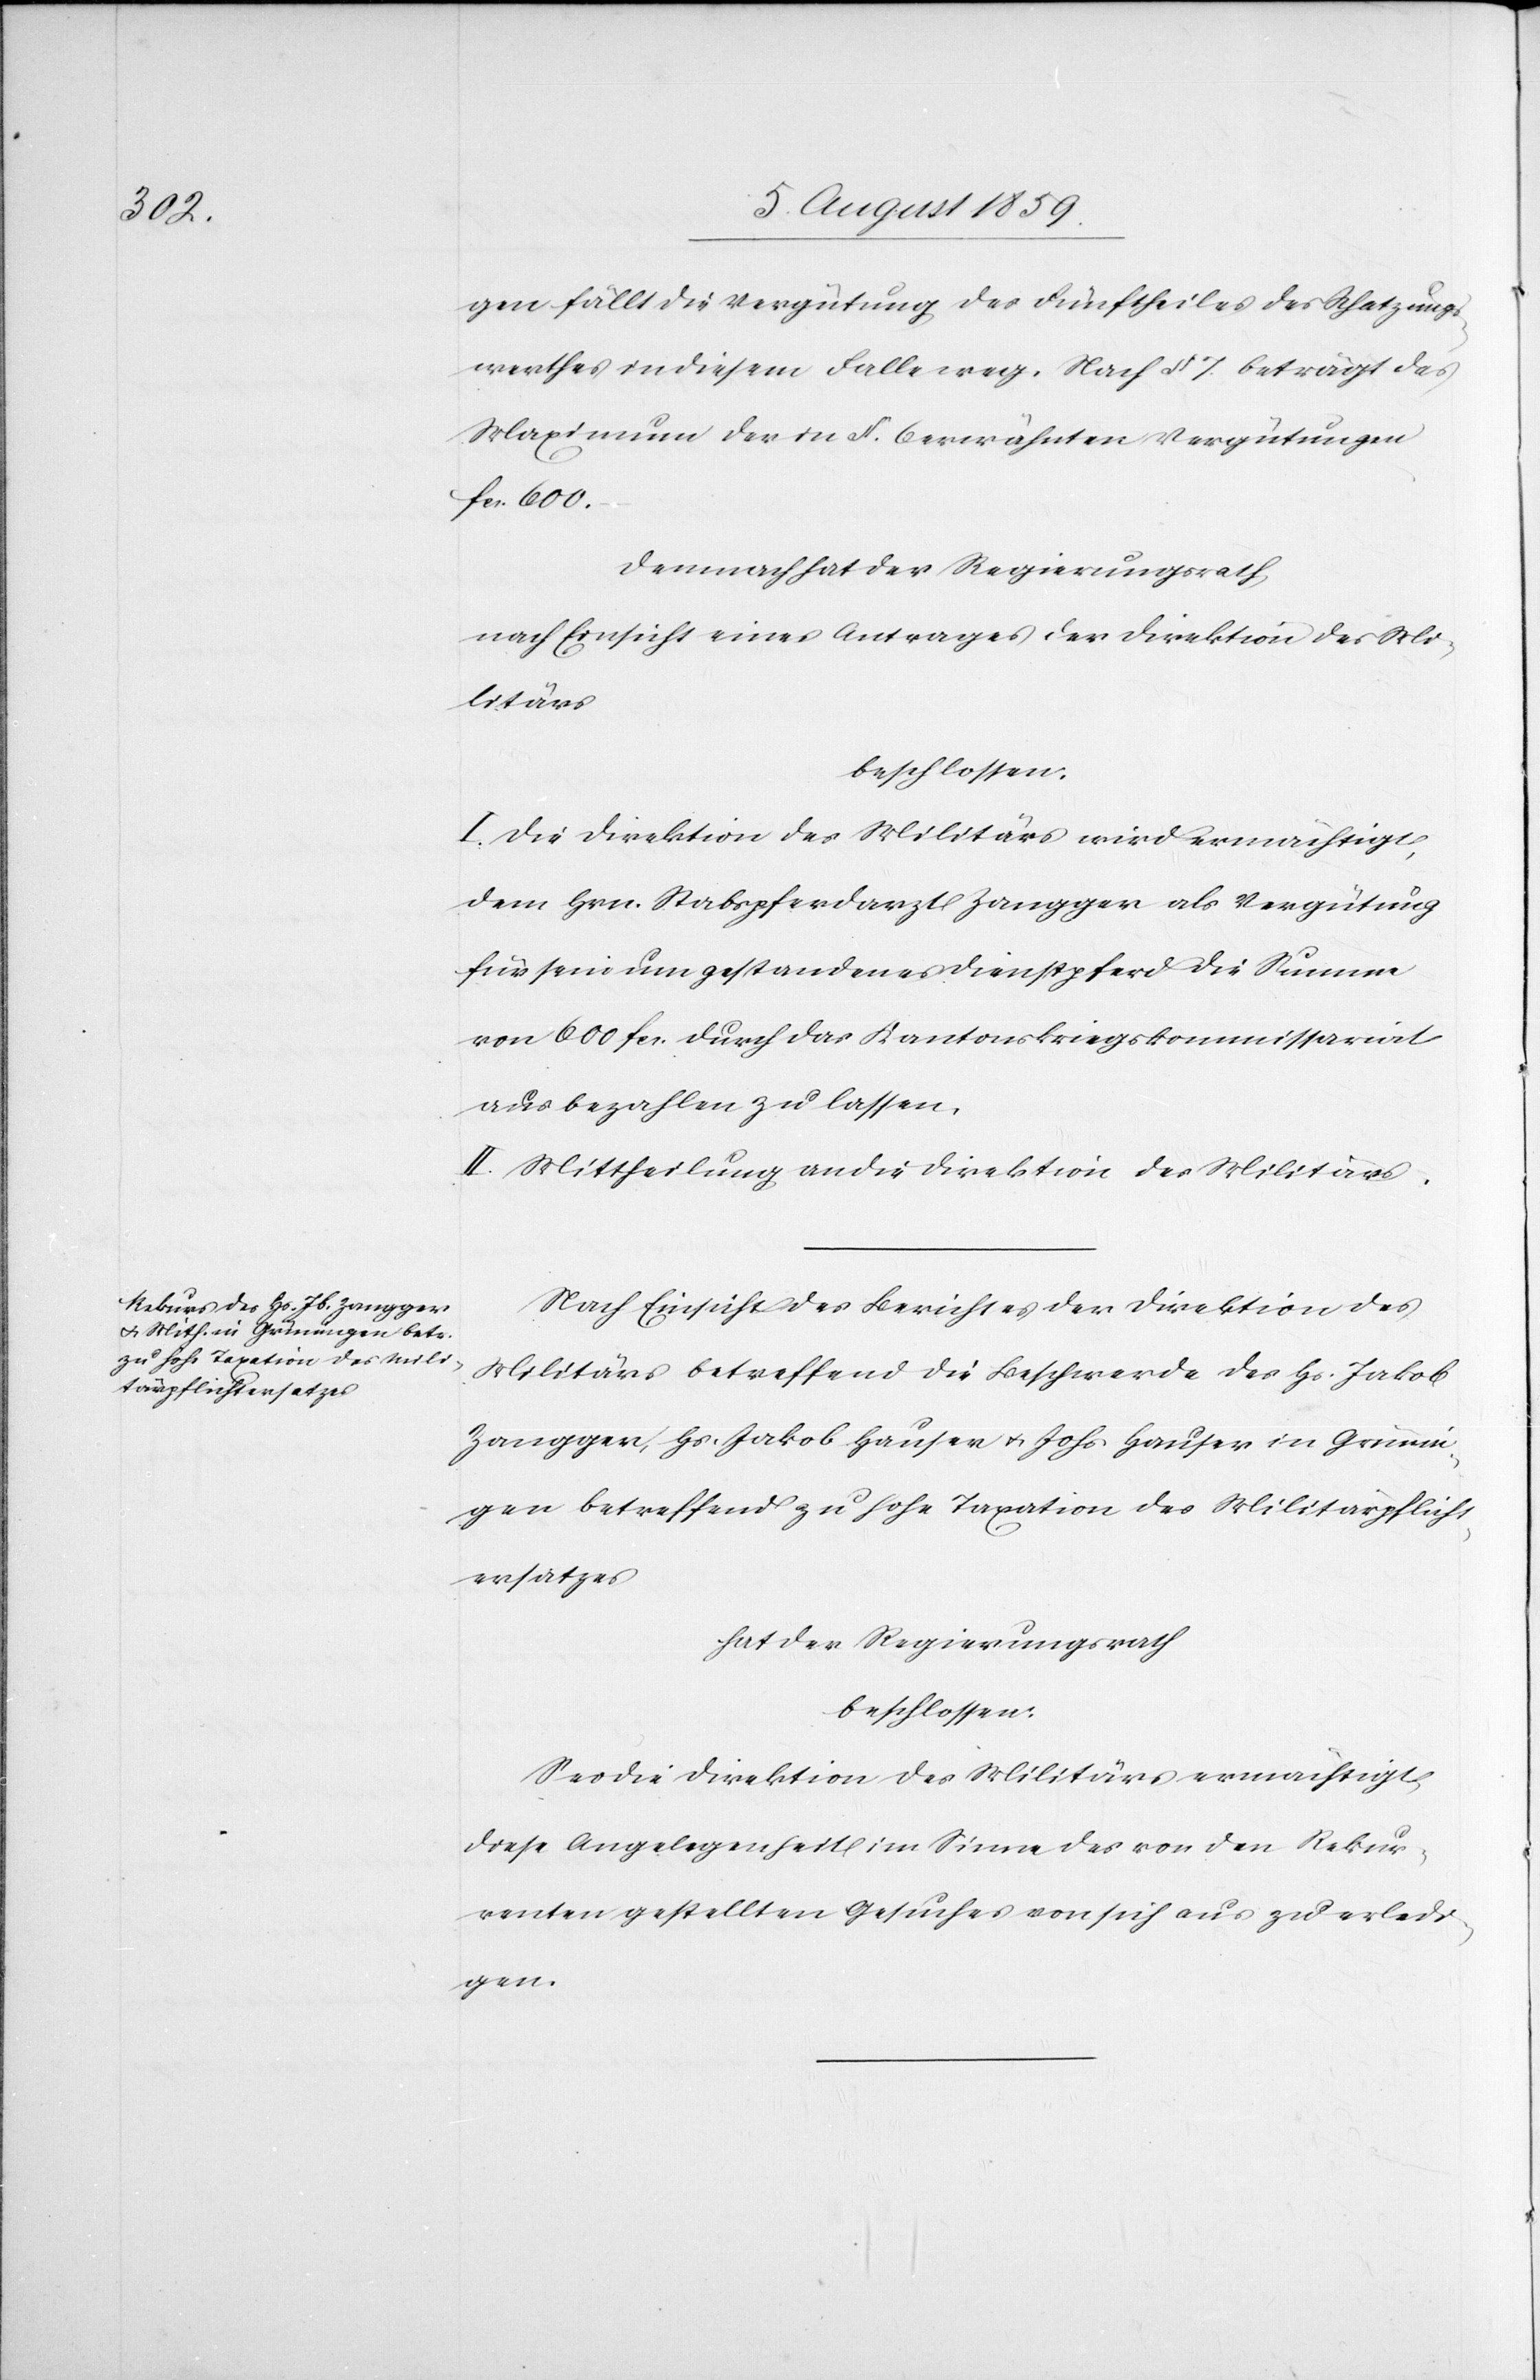
gen fällt die Vergütung des Fünftheiles des Schatzungs¬
werthes in diesem Falle weg. Nach § 7. beträgt das
Maximum der in § 6 erwähnten Vergütungen
fcs. 600.–
Demnach hat der Regierungsrath,
nach Einsicht eines Antrages der Direktion des Mi¬
litärs
beschlossen:
I. Die Direktion des Militärs wird ermächtigt,
dem Hrn. Stabspferdarzt Zangger als Vergütung
für sein umgestandenes Dienstpferd die Summe
von 600 fcs. durch das Kantonskriegskommissariat
ausbezahlen zu lassen.
II. Mittheilung an die Direktion des Militärs.
Nach Einsicht des Berichtes der Direktion des
Militärs betreffend die Beschwerde des Hs. Jakob
Zangger, Hs. Jakob Hauser u. Johs. Hauser in Grünin¬
gen betreffend zu hohe Taxation des Militärpflicht¬
ersatzes
hat der Regierungsrath
beschlossen:
Sei die Direktion des Militärs ermächtigt,
diese Angelegenheit im Sinne des von den Rekur¬
renten gestellten Gesuches von sich aus zu erledi¬
gen.